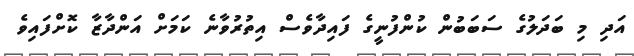
އަދި މި ބަދަލުގެ ސަބަބުން ކުންފުނީގެ ފައިދާވެސް އިތުރުވާނެ ކަމަށް އަންދާޒާ ކޮށްފައިވެ